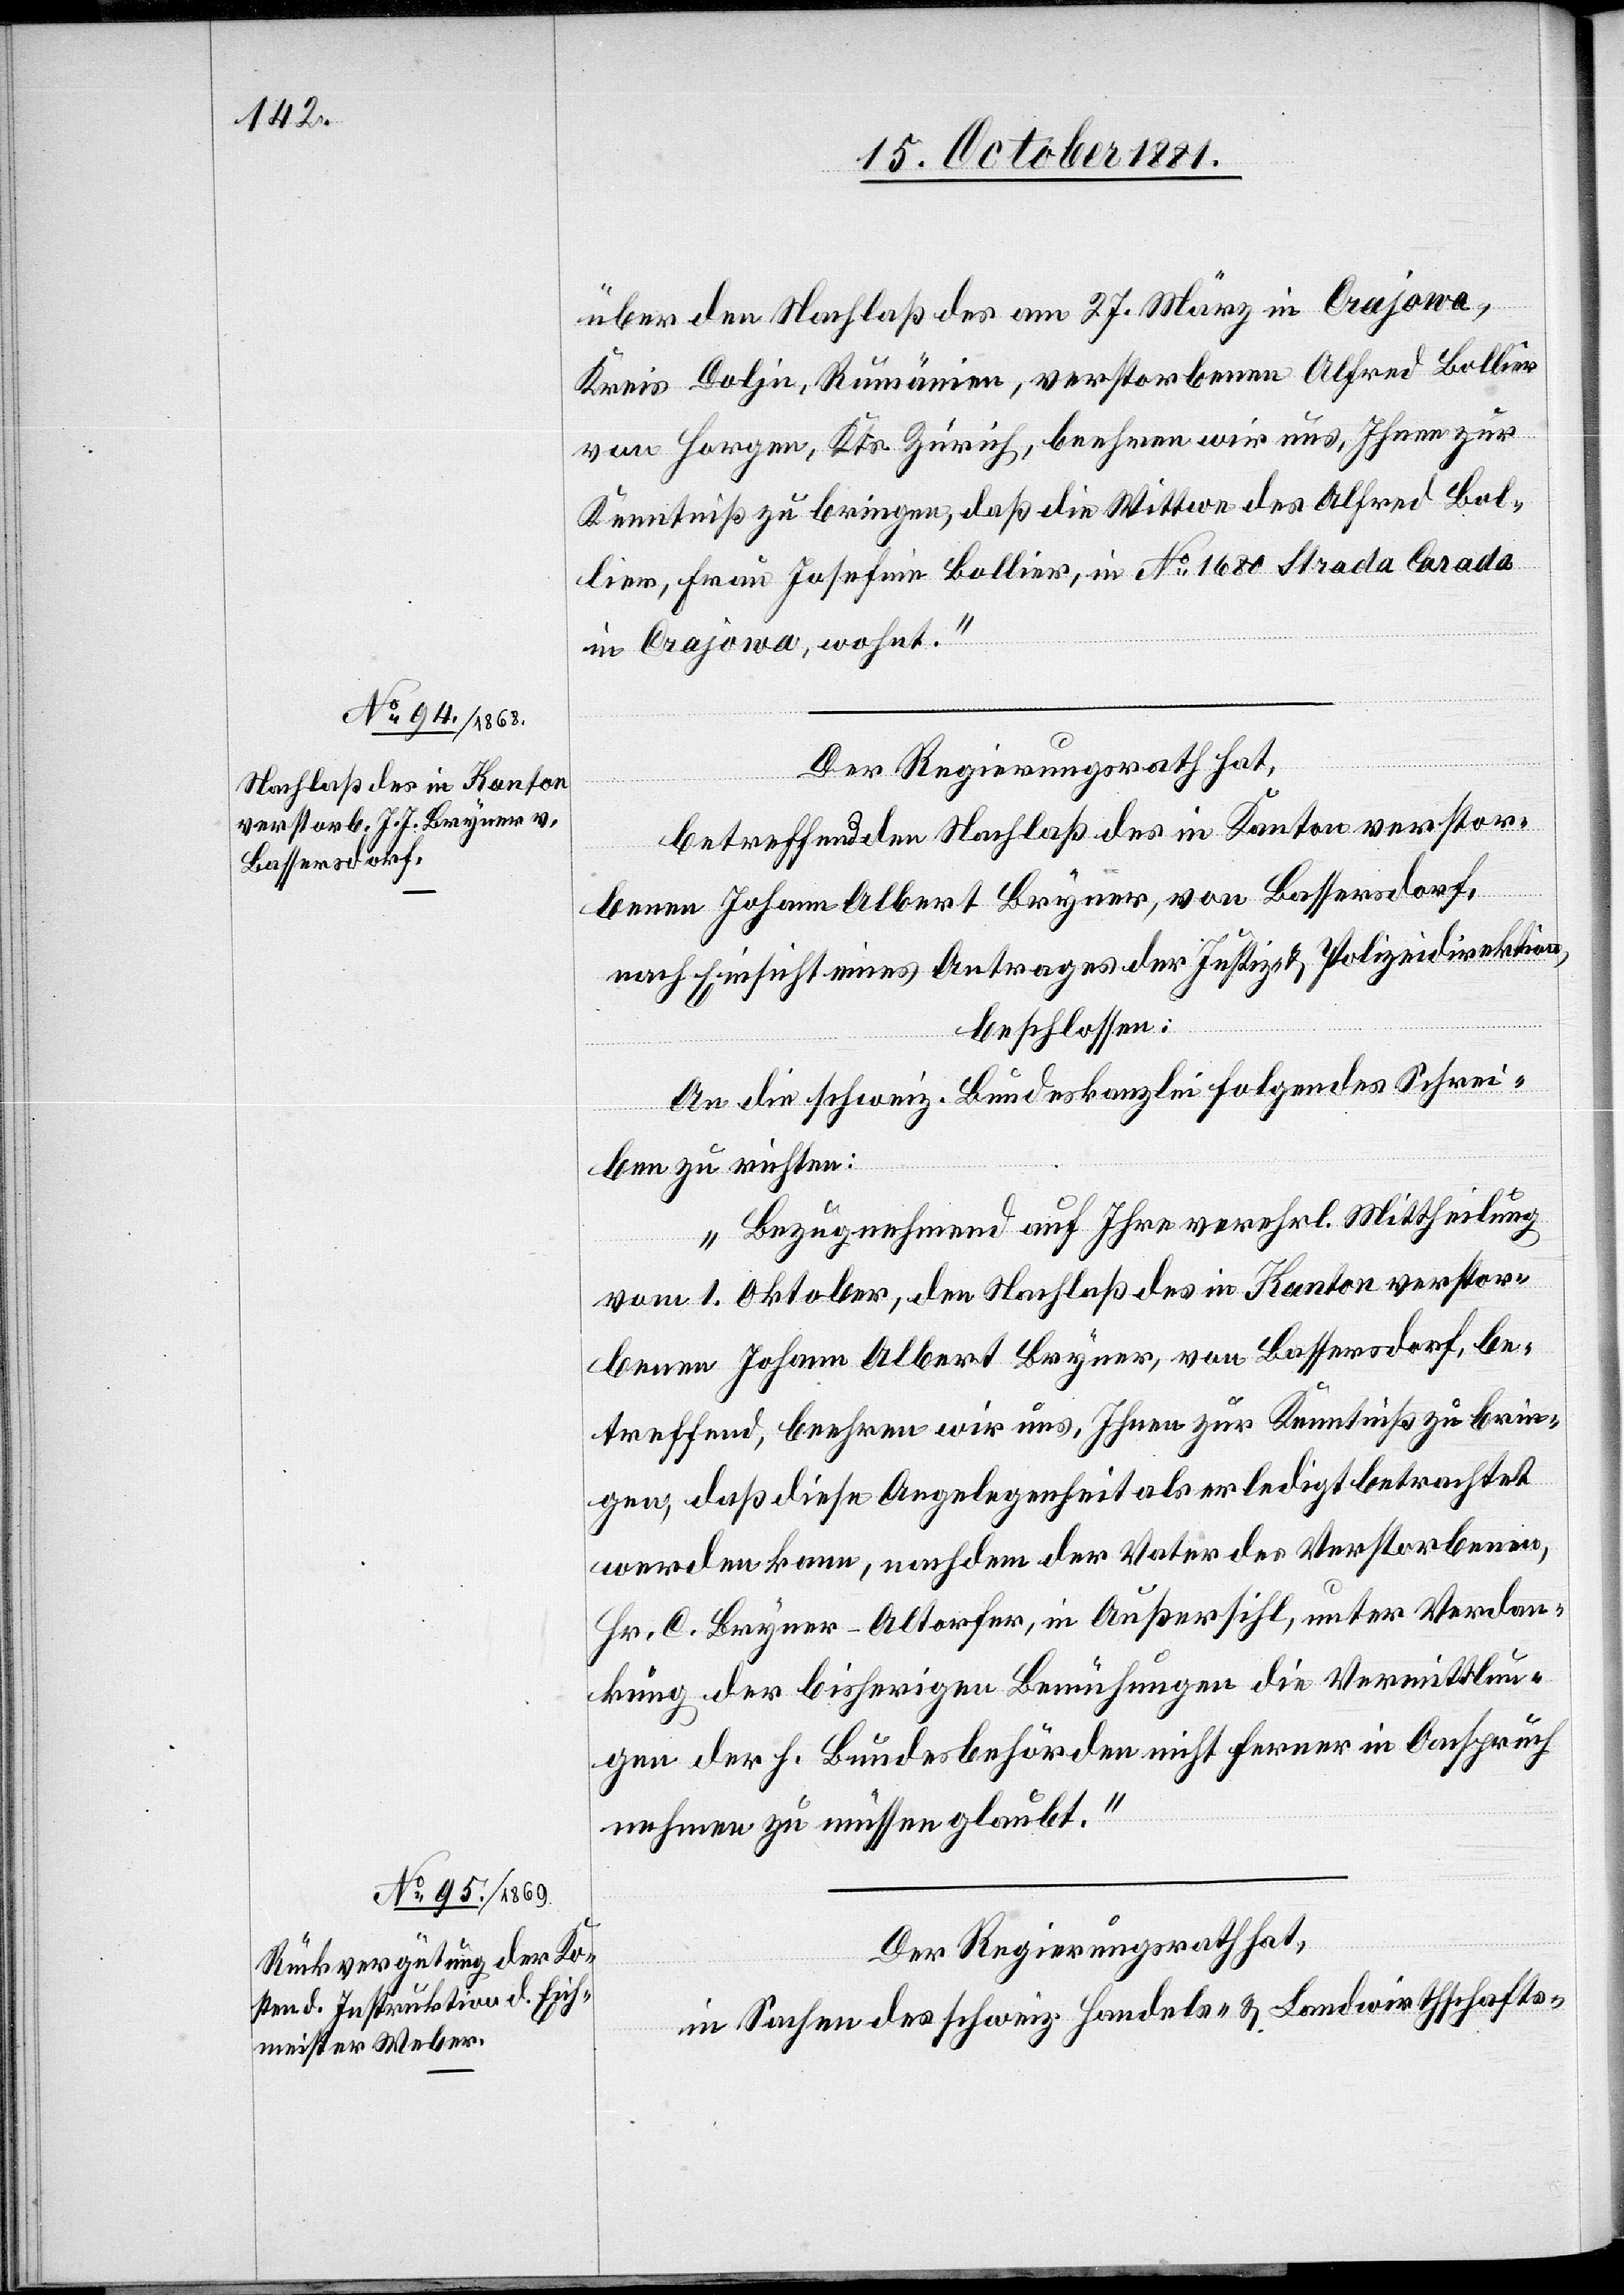
über den Nachlaß des am 27. März in Crajowa,
Kreis Doljn, Rumänien, verstorbenen Alfred Bollier
von Horgen, Kts. Zürich, beehren wir uns, Ihnen zur
Kenntniß zu bringen, daß die Wittwe des Alfred Bol¬
lier, Frau Josefine Bollier, in No 1680 Strada Carada
in Crajowa, wohnt.“
Der Regierungsrath hat,
betreffend den Nachlaß des in Kanton verstor¬
benen Johann Albert [sic!] Bryner, von Bassersdorf,
nach Einsicht eines Antrages der Justiz- & Polizeidirektion,
beschlossen:
An die schweiz. Bundeskanzlei folgendes Schrei¬
ben zu richten:
„Bezugnehmend auf Ihre verehrl. Mittheilung
vom 1. Oktober, den Nachlaß des in Kanton versto¬
benen Johann Albert Bryner, von Bassersdorf, be¬
treffend, beehren wir uns, Ihnen zur Kenntniß zu brin¬
gen, daß diese Angelegenheit als erledigt betrachtet
werden kann, nachdem der Vater des Verstorbenen,
Hr. C. Bryner-Altorfer, in Außersihl, unter Verdan¬
kung der bisherigen Bemühungen die Vermittlun¬
gen der h. Bundesbehörden nicht ferner in Anspruch
nehmen zu müssen glaubt.“
Der Regierungsrath hat,
in Sachen des schweiz. Handels- & Landwirthschafts-